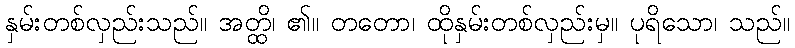
နှမ်းတစ်လှည်းသည်။ အတ္ထိ၊ ၏။ တတော၊ ထိုနှမ်းတစ်လှည်းမှ။ ပုရိသော၊ သည်။